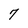
Character: 7